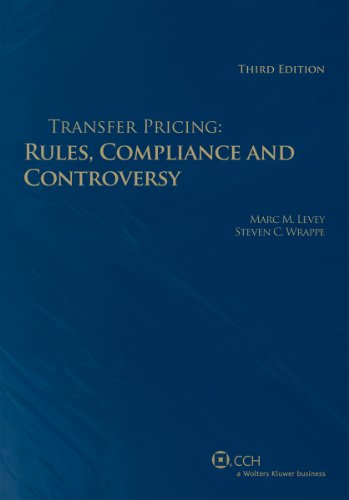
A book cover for Transfer Pricing: Rules, Compliance and Controversy (Third Edition); Marc M. Levey; Law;